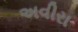
અવીરા